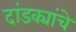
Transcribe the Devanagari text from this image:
दांडक्यांचे